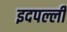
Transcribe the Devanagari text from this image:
इदपल्ली